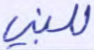
للنبي